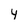
Character: 4